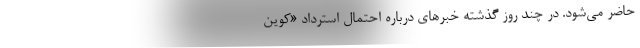
حاضر می‌شود. در چند روز گذشته خبرهای درباره احتمال استرداد «کوین